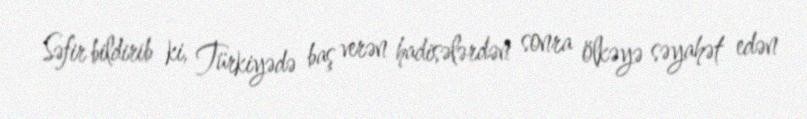
Səfir bildirib ki, Türkiyədə baş verən hadisələrdən sonra ölkəyə səyahət edən